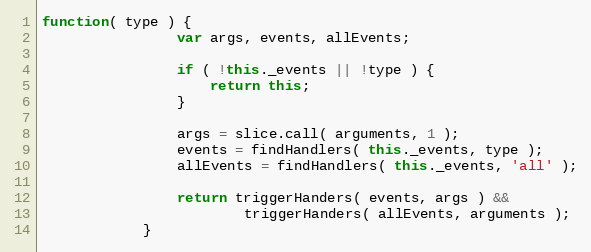
Language: JavaScript
function( type ) {
                var args, events, allEvents;

                if ( !this._events || !type ) {
                    return this;
                }

                args = slice.call( arguments, 1 );
                events = findHandlers( this._events, type );
                allEvents = findHandlers( this._events, 'all' );

                return triggerHanders( events, args ) &&
                        triggerHanders( allEvents, arguments );
            }